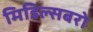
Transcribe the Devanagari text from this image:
मिडिल्सबरो